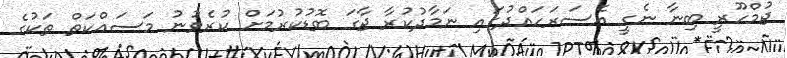
ޖުމްހޫރީ ބިނާ ނެގީ އެސަރަހައްދުގައި ނަމާދުކުރާ ޖާގަ ބޮޑުކުރުމަށް ކުރެވުނު މަސައްކަތް ތަކުގެ